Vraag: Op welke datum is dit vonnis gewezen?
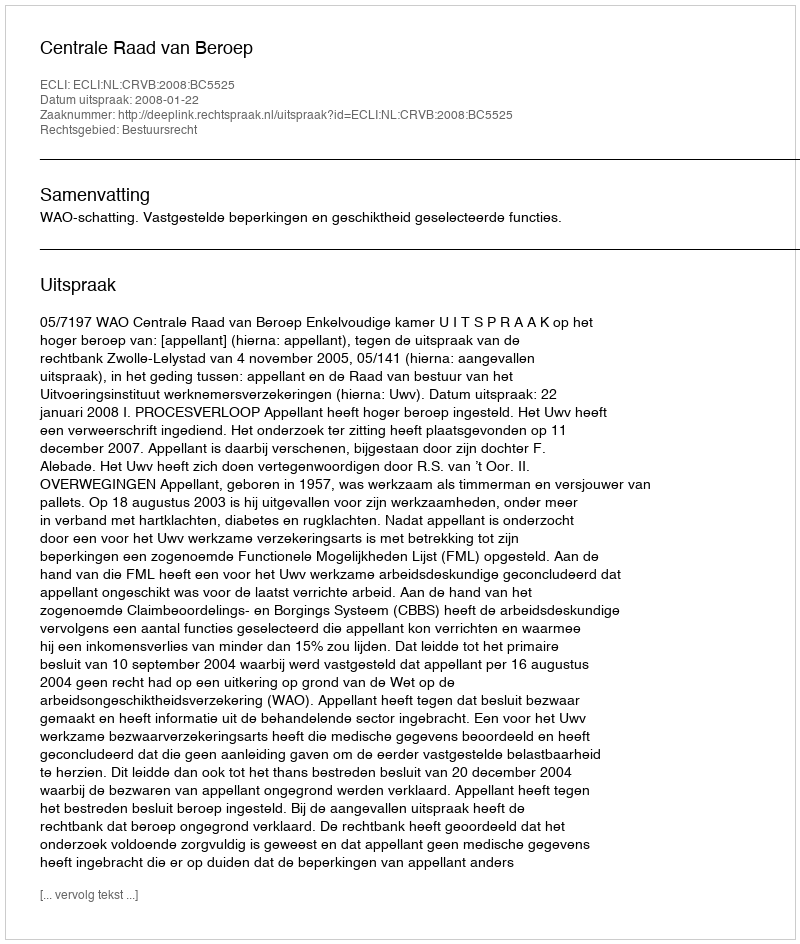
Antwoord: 2008-01-22